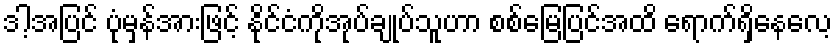
ဒါ့အပြင် ပုံမှန်အားဖြင့် နိုင်ငံကိုအုပ်ချုပ်သူဟာ စစ်မြေပြင်အထိ ရောက်ရှိနေလေ့